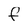
Character: f